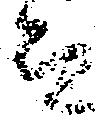
而